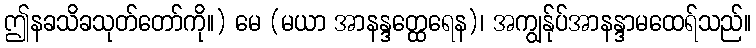
ဤနခသိခသုတ်တော်ကို။) မေ (မယာ အာနန္ဒတ္ထေရေန)၊ အကျွန်ုပ်အာနန္ဒာမထေရ်သည်။